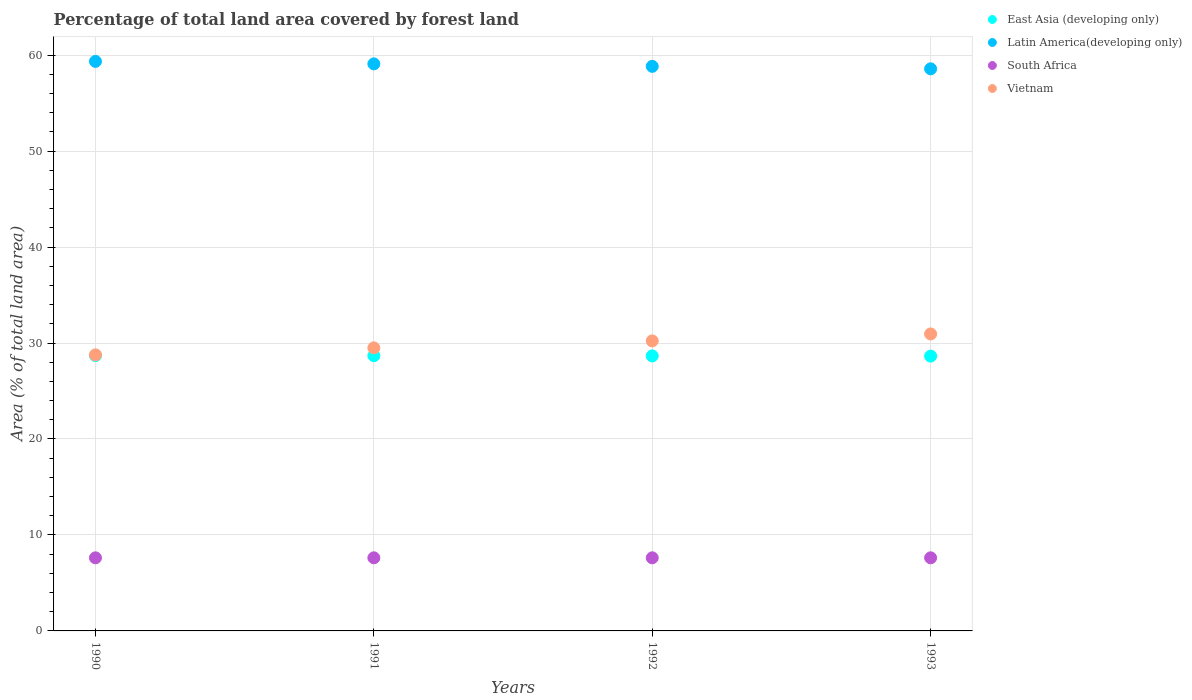
| Years | East Asia (developing only) | Latin America(developing only) | South Africa | Vietnam |
 | --- | --- | --- | --- | --- |
 | 1990 | 28.7 | 59.3 | 7.62 | 28.8 |
 | 1991 | 28.7 | 59.1 | 7.62 | 29.5 |
 | 1992 | 28.7 | 58.8 | 7.62 | 30.2 |
 | 1993 | 28.6 | 58.6 | 7.62 | 30.9 |